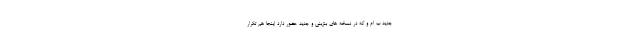
جدید ب ام و که در نسخه های بنزینی و جدید حضور دارد اینجا هم تکرار